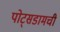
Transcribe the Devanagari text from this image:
पोट्सडामची